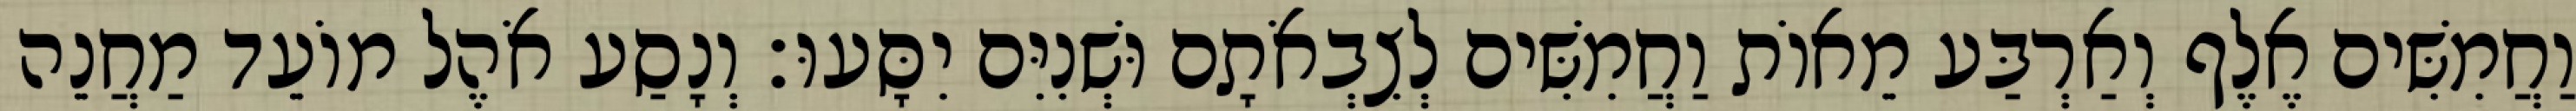
וַחֲמִשִּׁים אֶלֶף וְאַרְבַּע מֵאוֹת וַחֲמִשִּׁים לְצִבְאֹתָם וּשְׁנִיִּם יִסָּעוּ׃ וְנָסַע אֹהֶל מוֹעֵד מַחֲנֵה